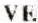
VE